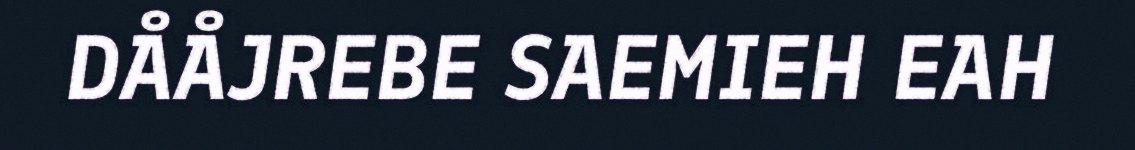
DÅÅJREBE SAEMIEH EAH